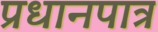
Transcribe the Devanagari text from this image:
प्रधानपात्र